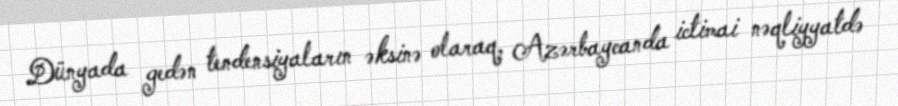
Dünyada gedən tendensiyaların əksinə olaraq, Azərbaycanda ictimai nəqliyyatdə